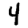
Digit: 4